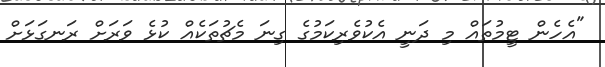
"އެހެން ޓީމުތައް މި ދަނީ އެކުވެރިކަމުގެ ގިނަ މެޗުތަކެއް ކުޅެ ވަރަށް ރަނގަޅަށް